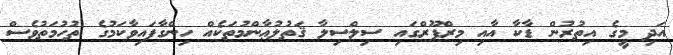
އަދި މީގެ އިތުރުން ޑާކާ އާއި މިރްޕޫރްގައި ސިލްސިލާ ޤަތުލުޢާންމުތަކެއް ހިންގާފައިވާކަމުގެ ތުހުމަތުވެސް